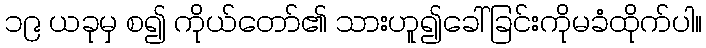
၁၉ ယခုမှ စ၍ ကိုယ်တော်၏ သားဟူ၍ခေါ်ခြင်းကိုမခံထိုက်ပါ။